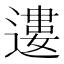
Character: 遱